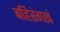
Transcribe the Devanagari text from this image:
बहिरंगत्वं